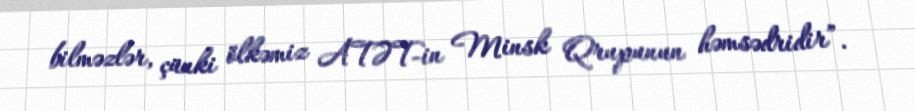
bilməzlər, çünki ölkəmiz ATƏT-in Minsk Qrupunun həmsədridir”.